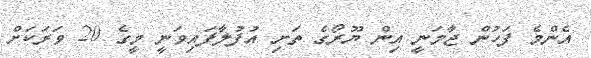
އެންމެ ފަހުން ޖާމަނީ އިން ޔޫރޯގެ ތަށި އުފުލާފައިވަނީ މީގެ 20 ވަރަަކަށް